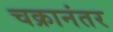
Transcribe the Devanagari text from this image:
चक्रानंतर